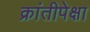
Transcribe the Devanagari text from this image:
क्रांतीपेक्षा